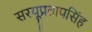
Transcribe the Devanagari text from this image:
सरयूप्रतापसिंह